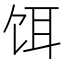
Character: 饵